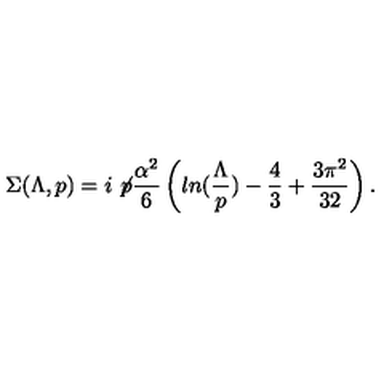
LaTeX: \Sigma ( \Lambda , p ) = i \not \! p \frac { \alpha ^ { 2 } } { 6 } \left( l n ( \frac { \Lambda } { p } ) - \frac { 4 } { 3 } + \frac { 3 \pi ^ { 2 } } { 3 2 } \right) .